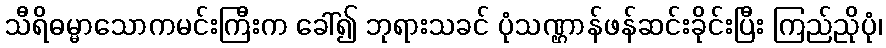
သီရိဓမ္မာသောကမင်းကြီးက ခေါ်၍ ဘုရားသခင် ပုံသဏ္ဌာန်ဖန်ဆင်းခိုင်းပြီး ကြည်ညိုပုံ၊